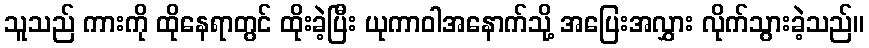
သူသည် ကားကို ထိုနေရာတွင် ထိုးခဲ့ပြီး ယုကာဝါအနောက်သို့ အပြေးအလွှား လိုက်သွားခဲ့သည်။